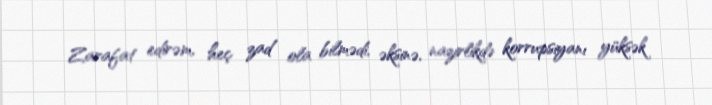
Zarafat edirəm, heç zad ola bilmədi, əksinə, nazirlikdə korrupsiyanı yüksək